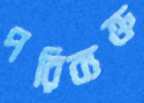
পরিব্যক্ত